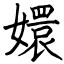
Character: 嬛